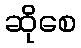
ဆိုစေ